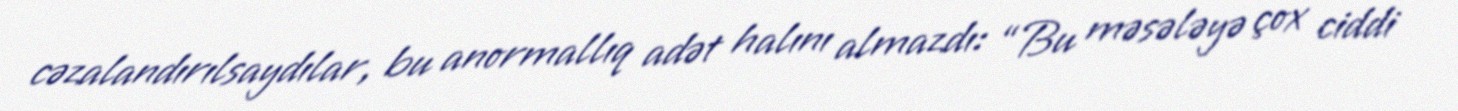
cəzalandırılsaydılar, bu anormallıq adət halını almazdı: “Bu məsələyə çox ciddi